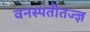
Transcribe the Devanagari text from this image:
वनस्पतीतज्‍ज्ञ